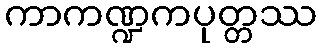
ကာကဏ္ဍကပုတ္တဿ